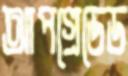
আপগ্রেডেড